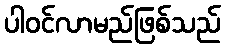
ပါဝင်လာမည်ဖြစ်သည်